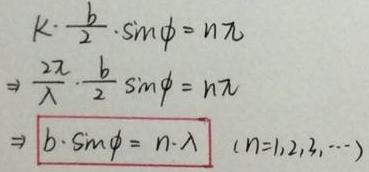
\[
\begin{align*}
k\cdot\frac{b}{2}\cdot\sin\phi&=n\pi\\
\frac{2\pi}{\lambda}\cdot\frac{b}{2}\sin\phi&=n\pi\\
b\cdot\sin\phi&=n\cdot\lambda\quad(n = 1,2,3,\cdots)
\end{align*}
\]